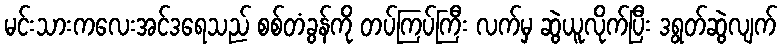
မင်းသားကလေးအင်ဒရေသည် စစ်တံခွန်ကို တပ်ကြပ်ကြီး လက်မှ ဆွဲယူလိုက်ပြီး ဒရွတ်ဆွဲလျက်